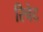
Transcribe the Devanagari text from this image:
रिचेट